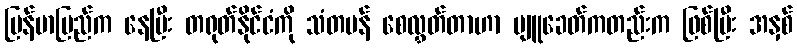
မြန်မာပြည်က နေပြီး တရုတ်နိုင်ငံကို သံတမန် စေလွှတ်တာဟာ ပျူခေတ်ကတည်းက ဖြစ်ပြီး အနှစ်